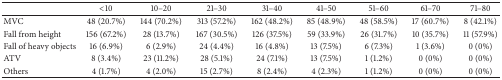
<table><thead><tr><td><b> </b></td><td><b>&lt;10</b></td><td><b>10–20</b></td><td><b>21–30</b></td><td><b>31–40</b></td><td><b>41–50</b></td><td><b>51–60</b></td><td><b>61–70</b></td><td><b>71–80</b></td></tr></thead><tbody><tr><td>MVC</td><td>48 (20.7%)</td><td>144 (70.2%)</td><td>313 (57.2%)</td><td>162 (48.2%)</td><td>85 (48.9%)</td><td>48 (58.5%)</td><td>17 (60.7%)</td><td>8 (42.1%)</td></tr><tr><td>Fall from height</td><td>156 (67.2%)</td><td>28 (13.7%)</td><td>167 (30.5%)</td><td>126 (37.5%)</td><td>59 (33.9%)</td><td>26 (31.7%)</td><td>10 (35.7%)</td><td>11 (57.9%)</td></tr><tr><td>Fall of heavy objects</td><td>16 (6.9%)</td><td>6 (2.9%)</td><td>24 (4.4%)</td><td>16 (4.8%)</td><td>13 (7.5%)</td><td>6 (7.3%)</td><td>1 (3.6%)</td><td>0 (0%)</td></tr><tr><td>ATV</td><td>8 (3.4%)</td><td>23 (11.2%)</td><td>28 (5.1%)</td><td>24 (7.1%)</td><td>13 (7.5%)</td><td>1 (1.2%)</td><td>0 (0%)</td><td>0 (0%)</td></tr><tr><td>Others</td><td>4 (1.7%)</td><td>4 (2.0%)</td><td>15 (2.7%)</td><td>8 (2.4%)</td><td>4 (2.3%)</td><td>1 (1.2%)</td><td>0 (0%)</td><td>0 (0%)</td></tr></tbody></table>